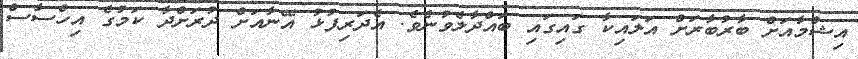
އިޝްމާއަށް ބާރުބާރަށް އަލައިކާ ގައިގައި ބައްދާލެވުނެވެ. އެދަރިފުޅު އޭނާއަށް ދުރަށްދާ ކަމުގެ އިހްސާސް